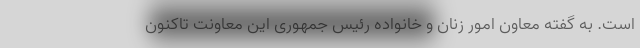
است. به گفته معاون امور زنان و خانواده رئیس جمهوری این معاونت تاکنون